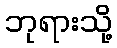
ဘုရားသို့